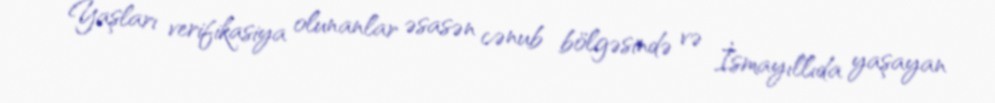
Yaşları verifikasiya olunanlar əsasən cənub bölgəsində və İsmayıllıda yaşayan